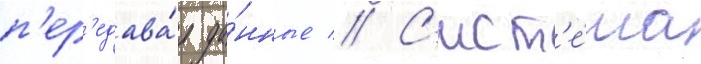
п'ер'едава́я да́нные // С'ист'е́ма